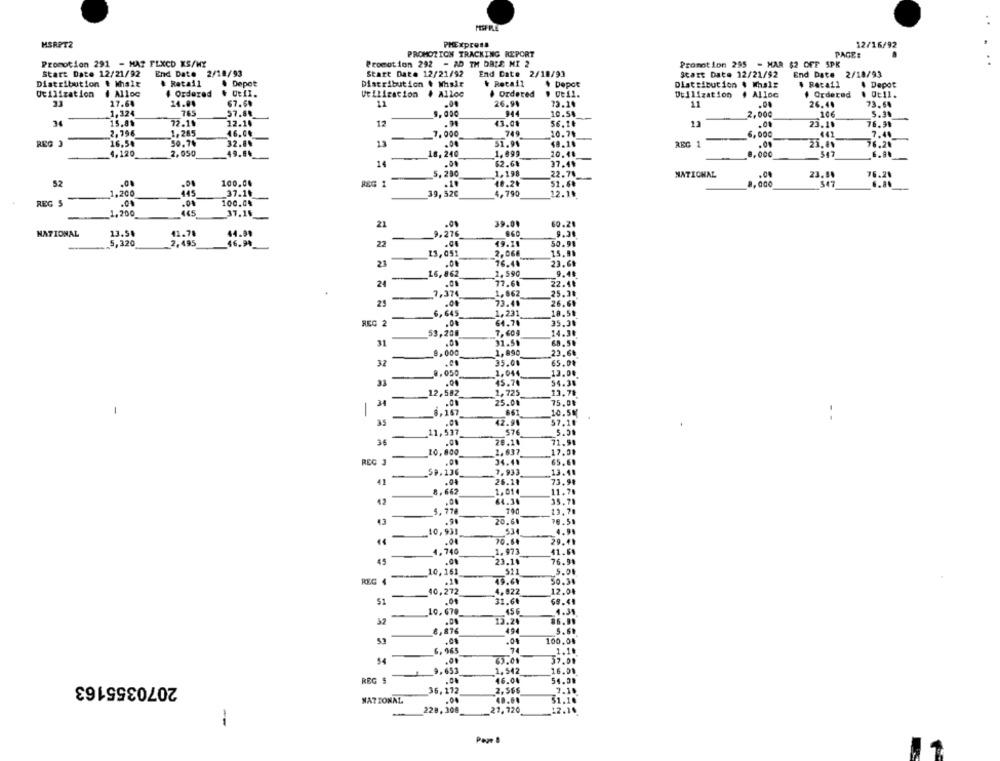
MSRPT2
PHExpress
12/16/92
PROMOTION TRACKING REPORT
PAGE :
Promotion 292 - AD TH DRIE MI 2
Promotion 291 - MAT FLXCD KS/WY
Promotion 295 - MAR $2 OFF SPK
Start Date 12/21/92
End Date 2/18/93
Start Date 12/21/92
End Date 2/18/93
Start Date 12/21/92
End Date 2/18/93
Distribution & Mhalt
# Retail
· Depet
Distribution # Whsir
Depot
Distribution & Whale
. Retail
Depot
Utilization
# Ordered
Utilization
4 Alloc
· ordered
De11.
Utilization
Ordered
. Ot11.
17.64
24.04
67.69
11
26.94
73.24
11
26.44
73.64
1,324
57.84
9.000
944
10.54
2,000
5.34
34
15.81
72.15
12.14
12
.90
43.08
56.1€
13
-
76.91
23.1₺
2.796
1.285
46.04
7.000
749
10.74
6.000
441
7.44
REG J
16.54
50.74
32.8.
51.94
REG 1
.01
23.00
76.2
4.120
2.050
18,240
1. 899
10.4₺
8,00€
547
49.84
-
14
.00
62.68
37.44
.5. 280
1.198
22.74
NATIONAL
.04
23.94
76.28
52
...
.00
100.00
REG 1
48.24
52.68
8.000
.10
1,200
445
37.1₺
39,52€
4,790
12.1₺
REG S
.00
100.0%
1.200
445
37.15
21
.01
39.00
60.20
NATIONAL
13.54
41.78
44.99
9.276
860
9.28
5,320
2,495
46.98
22
49.18
50.91
13,051
2,066
15,90
21
.00
76.4.
23.6₺
16,862
1.590
9.4₺
-
22.4₺
24
.01
77.68
-
7,37
1,862
25.30
25
73.40
26.69
6,645
1,231
18.50
REG 2
.00
64.70
35.30
53,200
7.604
14.30
31
31.50
68.5.
1,890
8.000
23.68
32
95.00
65.04
9.050
1,044
13.00
-
.00
45.70
54.38
-
12,582
1,725
13.78
34
25.00
75.0₺
-
-
861
10.50
.01
42.91
57.10
-
11,537
576
5.
36
28.10
71.94
17.58
-
_10,800
1.637
REG 3
34.4.
65.61
_59, 136
7.933
13
73.94
41
26.11
8,662
1.014
11.75
64.34
35.78
_5,778
13.70
-
13
26.60
70.51
.10,931
534
4.91
-
70.64
29.41
.00
4,740
1.973
41.64
45
23.14
76.94
REG 1 10, 161
521
5.08
45.61
50.30
-
40,272
4.822
12.04
.04
31.60
.10, 678
456
4.31
52
13.24
8,876
494
5.6.
100.04
74
6,96
1.18
.0
63,01
57.01
9,653
1,542
2070355163
16.01
REG S
16.00
54.08
36,172
2,56€
7.10
NATIONAL
.04
51.10
-
228,308
27,720
12.19
-